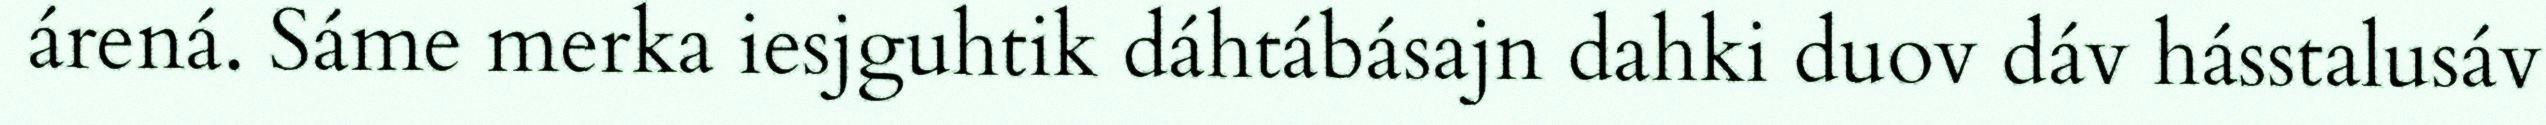
árená. Sáme merka iesjguhtik dáhtábásajn dahki duov dáv hásstalusáv